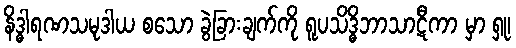
နိဒ္ဓါရဏသမုဒါယ စသော ခွဲခြားချက်ကို ရူပသိဒ္ဓိဘာသာဋီကာ မှာ ရှု၊